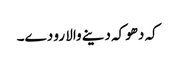
کہ دھوکہ دینے والا رو دے۔